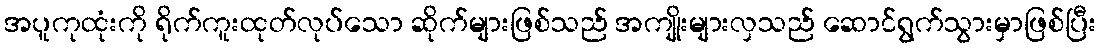
အပူကုထုံးကို ရိုက်ကူးထုတ်လုပ်သော ဆိုက်များဖြစ်သည် အကျိုးများလှသည် ဆောင်ရွက်သွားမှာဖြစ်ပြီး